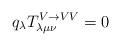
LaTeX: \begin{align*}q_\lambda T^{V\rightarrow VV}_{\lambda \mu \nu} =0\end{align*}